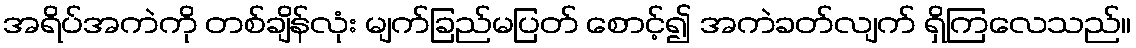
အရိပ်အကဲကို တစ်ချိန်လုံး မျက်ခြည်မပြတ် စောင့်၍ အကဲခတ်လျက် ရှိကြလေသည်။